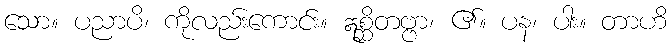
သော။ ပညာပိ၊ ကိုလည်းကောင်း။ ဣစ္ဆိတဗ္ဗာ၊ ၏။ ပန၊ ပါး။ တာဟိ